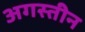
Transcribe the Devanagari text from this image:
अगस्तीन